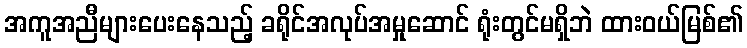
အကူအညီများပေးနေသည့် ခရိုင်အလုပ်အမှုဆောင် ရုံးတွင်မရှိဘဲ ထားဝယ်မြစ်၏